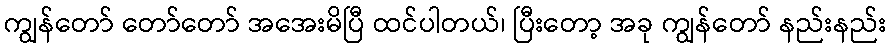
ကျွန်တော် တော်တော် အအေးမိပြီ ထင်ပါတယ်၊ ပြီးတော့ အခု ကျွန်တော် နည်းနည်း